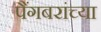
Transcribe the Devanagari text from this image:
पैंगबरांच्या